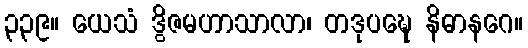
၃၃၉။ ယေသံ ဒွိဇမဟာသာလာ၊ တဒုပဍ္ဎေ နိဓာနဂေ။